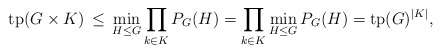
\begin{align*}\mathrm{tp}(G\times K) \,\leq \, \min_{H\leq G} \prod_{k\in K} P_G(H) = \prod_{k\in K} \min_{H\leq G} P_G(H) = \mathrm{tp}(G)^{\vert K\vert},\end{align*}